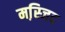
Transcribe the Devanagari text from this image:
मस्जि़द